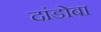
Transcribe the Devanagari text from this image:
दांडोबा